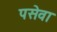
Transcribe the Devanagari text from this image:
पसेवा